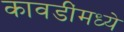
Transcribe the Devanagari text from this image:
कावडींमध्ये